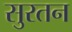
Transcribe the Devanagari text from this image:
सुरतन